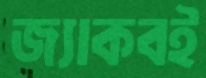
জ্যাকবই